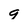
Character: 9